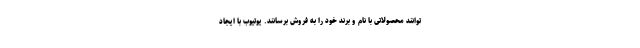
توانند محصولاتی با نام و برند خود را به فروش برسانند. یوتیوب با ایجاد